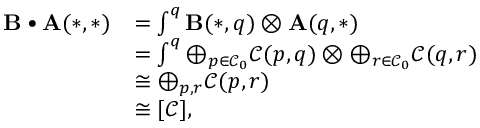
\begin{array} { r l } { \mathbf { B \bullet A } ( \ast , \ast ) } & { = \int ^ { q } \mathbf { B } ( \ast , q ) \otimes \mathbf { A } ( q , \ast ) } \\ & { = \int ^ { q } \oplus _ { p \in \mathcal { C } _ { 0 } } \mathcal { C } ( p , q ) \otimes \oplus _ { r \in \mathcal { C } _ { 0 } } \mathcal { C } ( q , r ) } \\ & { \cong \oplus _ { p , r } \mathcal { C } ( p , r ) } \\ & { \cong [ \mathcal { C } ] , } \end{array}